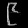
Digit: ၉